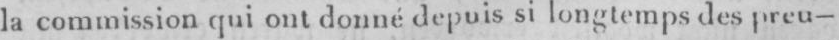
la commission qui ont donné depuis si longtemps des preu-